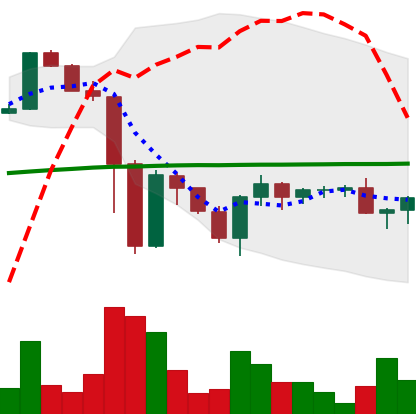
Ticker: XRP-USD
Chart end date: 2022-11-22
Forward return: 5.52%
Label: up_5_7